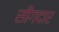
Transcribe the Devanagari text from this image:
सींगदार